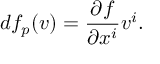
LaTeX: d f _ { p } ( v ) = { \frac { \partial f } { \partial x ^ { i } } } v ^ { i } .